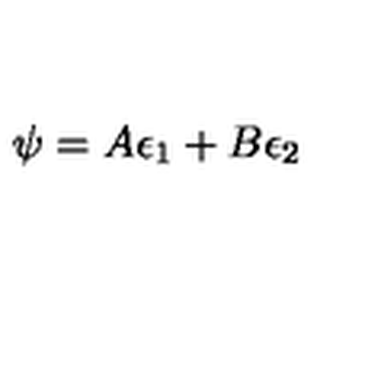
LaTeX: \psi = A \epsilon _ { 1 } + B \epsilon _ { 2 }